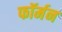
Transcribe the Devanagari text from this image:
फॉर्मन